Morphology and life history of Herpetomonas culicis, Novy, MacNeal and Torrey - Number 57
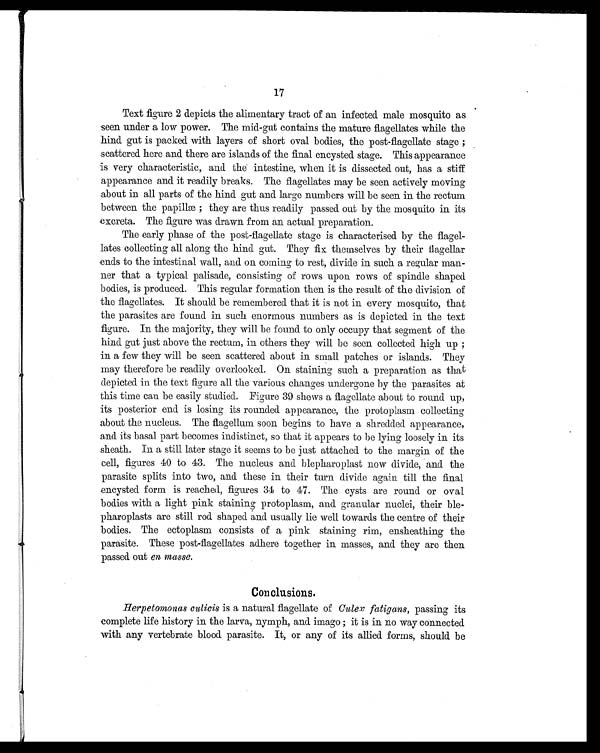
17
Text figure 2 depicts the alimentary tract of an infected male mosquito as
seen under a low power. The mid-gut contains the mature flagellates while the
hind gut is packed with layers of short oval bodies, the post-flagellate stage ;
scattered here and there are islands of the final encysted stage. This appearance
is very characteristic, and the intestine, when it is dissected out, has a stiff
appearance and it readily breaks. The flagellates may be seen actively moving
about in all parts of the hind gut and large numbers will be seen in the rectum
between the papillæ ; they are thus readily passed out by the mosquito in its
excreta. The figure was drawn from an actual preparation.
The early phase of the post-flagellate stage is characterised by the flagel-
lates collecting all along the hind gut. They fix themselves by their flagellar
ends to the intestinal wall, and on coming to rest, divide in such a regular man-
ner that a typical palisade, consisting of rows upon rows of spindle shaped
bodies, is produced. This regular formation then is the result of the division of
the flagellates. It should be remembered that it is not in every mosquito, that
the parasites are found in such enormous numbers as is depicted in the text
figure. In the majority, they will be found to only occupy that segment of the
hind gut just above the rectum, in others they will be seen collected high up ;
in a few they will be seen scattered about in small patches or islands. They
may therefore be readily overlooked. On staining such a preparation as that
depicted in the text figure all the various changes undergone by the parasites at
this time can be easily studied. Figure 39 shews a flagellate about to round up,
its posterior end is losing its rounded appearance, the protoplasm collecting
about the nucleus. The flagellum soon begins to have a shredded appearance,
and its basal part becomes indistinct, so that it appears to be lying loosely in its
sheath. In a still later stage it seems to be just attached to the margin of the
cell, figures 40 to 43. The nucleus and blepharoplast now divide, and the
parasite splits into two, and these in their turn divide again till the final
encysted form is reached, figures 34 to 47. The cysts are round or oval
bodies with a light pink staining protoplasm, and. granular nuclei, their ble-
pharoplasts are still rod shaped and usually lie well towards the centre of their
bodies. The ectoplasm consists of a pink staining rim, ensheathing the
parasite. These post-flagellates adhere together in masses, and they are then
passed out en masse.
Conclusions.
Herpetomonas culicis is a natural flagellate of Culex fatigans, passing its
complete life history in the larva, nymph, and imago ; it is in no way connected
with any vertebrate blood parasite. It, or any of its allied forms, should be